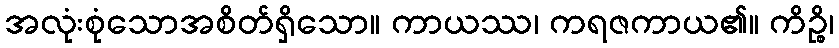
အလုံးစုံသောအစိတ်ရှိသော။ ကာယဿ၊ ကရဇကာယ၏။ ကိဉ္စိ၊